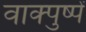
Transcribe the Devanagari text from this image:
वाक्पुष्पें